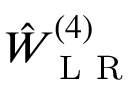
\hat { W } _ { \mathrm { ~ L ~ R ~ } } ^ { ( 4 ) }